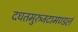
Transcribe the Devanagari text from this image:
दधतमुरुजटामण्डलं